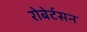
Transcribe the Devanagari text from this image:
रोबेर्टसन